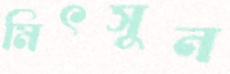
মিৎসুন